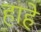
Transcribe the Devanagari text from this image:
हाहे